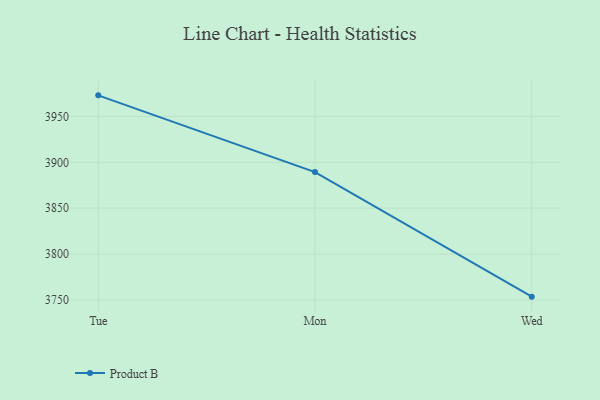
{"axis": {"x": "Day", "y": "Active Users"}, "legend": ["Product B"], "data": [{"x": "Tue", "y": 3973.0, "type": "Product B"}, {"x": "Mon", "y": 3889.3, "type": "Product B"}, {"x": "Wed", "y": 3753.5, "type": "Product B"}]}